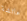
عائشة